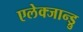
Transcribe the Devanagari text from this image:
एलेक्जान्ड्रु